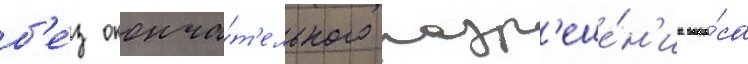
б'е́з оконча́т'ельного разр'еше́н'иа вопро́са